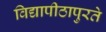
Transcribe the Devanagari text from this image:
विद्यापीठापुरते